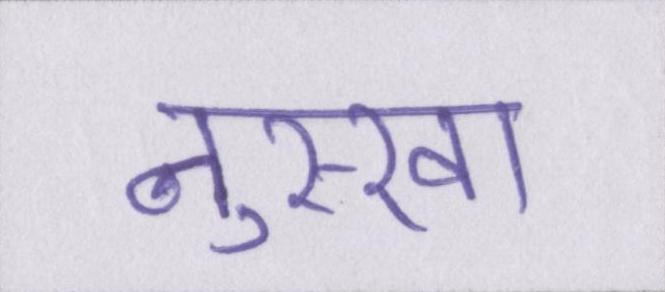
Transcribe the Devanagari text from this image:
नुस्खा